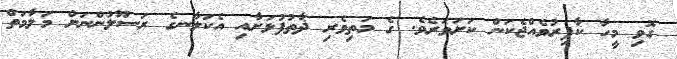
ގޮވި މީހާ ކާފިރުވެއްޖެކަން ކަށަވަރެވެ. ގެ މަތިވެރި ޛާތުފުޅަށާއި އެކަލާނގެ ރަސޫލުންނަށް މަލާމަތް